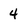
Character: 4